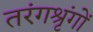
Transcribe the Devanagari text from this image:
तरंगश्रृंगों